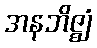
အနဘိဇ္ဈံ